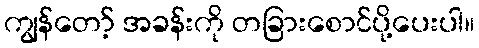
ကျွန်တော့် အခန်းကို တခြားစောင်ပို့ပေးပါ။